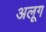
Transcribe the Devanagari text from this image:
अलूग